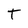
Character: T